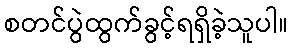
စတင်ပွဲထွက်ခွင့်ရရှိခဲ့သူပါ။